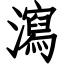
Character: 瀉